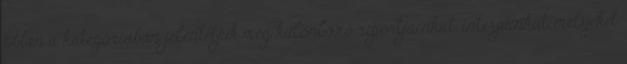
Ebben a kategóriában jelentetjük meg különböző riportjainkat, interjúinkat, melyeket